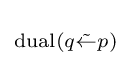
\scriptstyle {\operatorname {dual} (q{\tilde {\leftarrow }}p)\,}\!